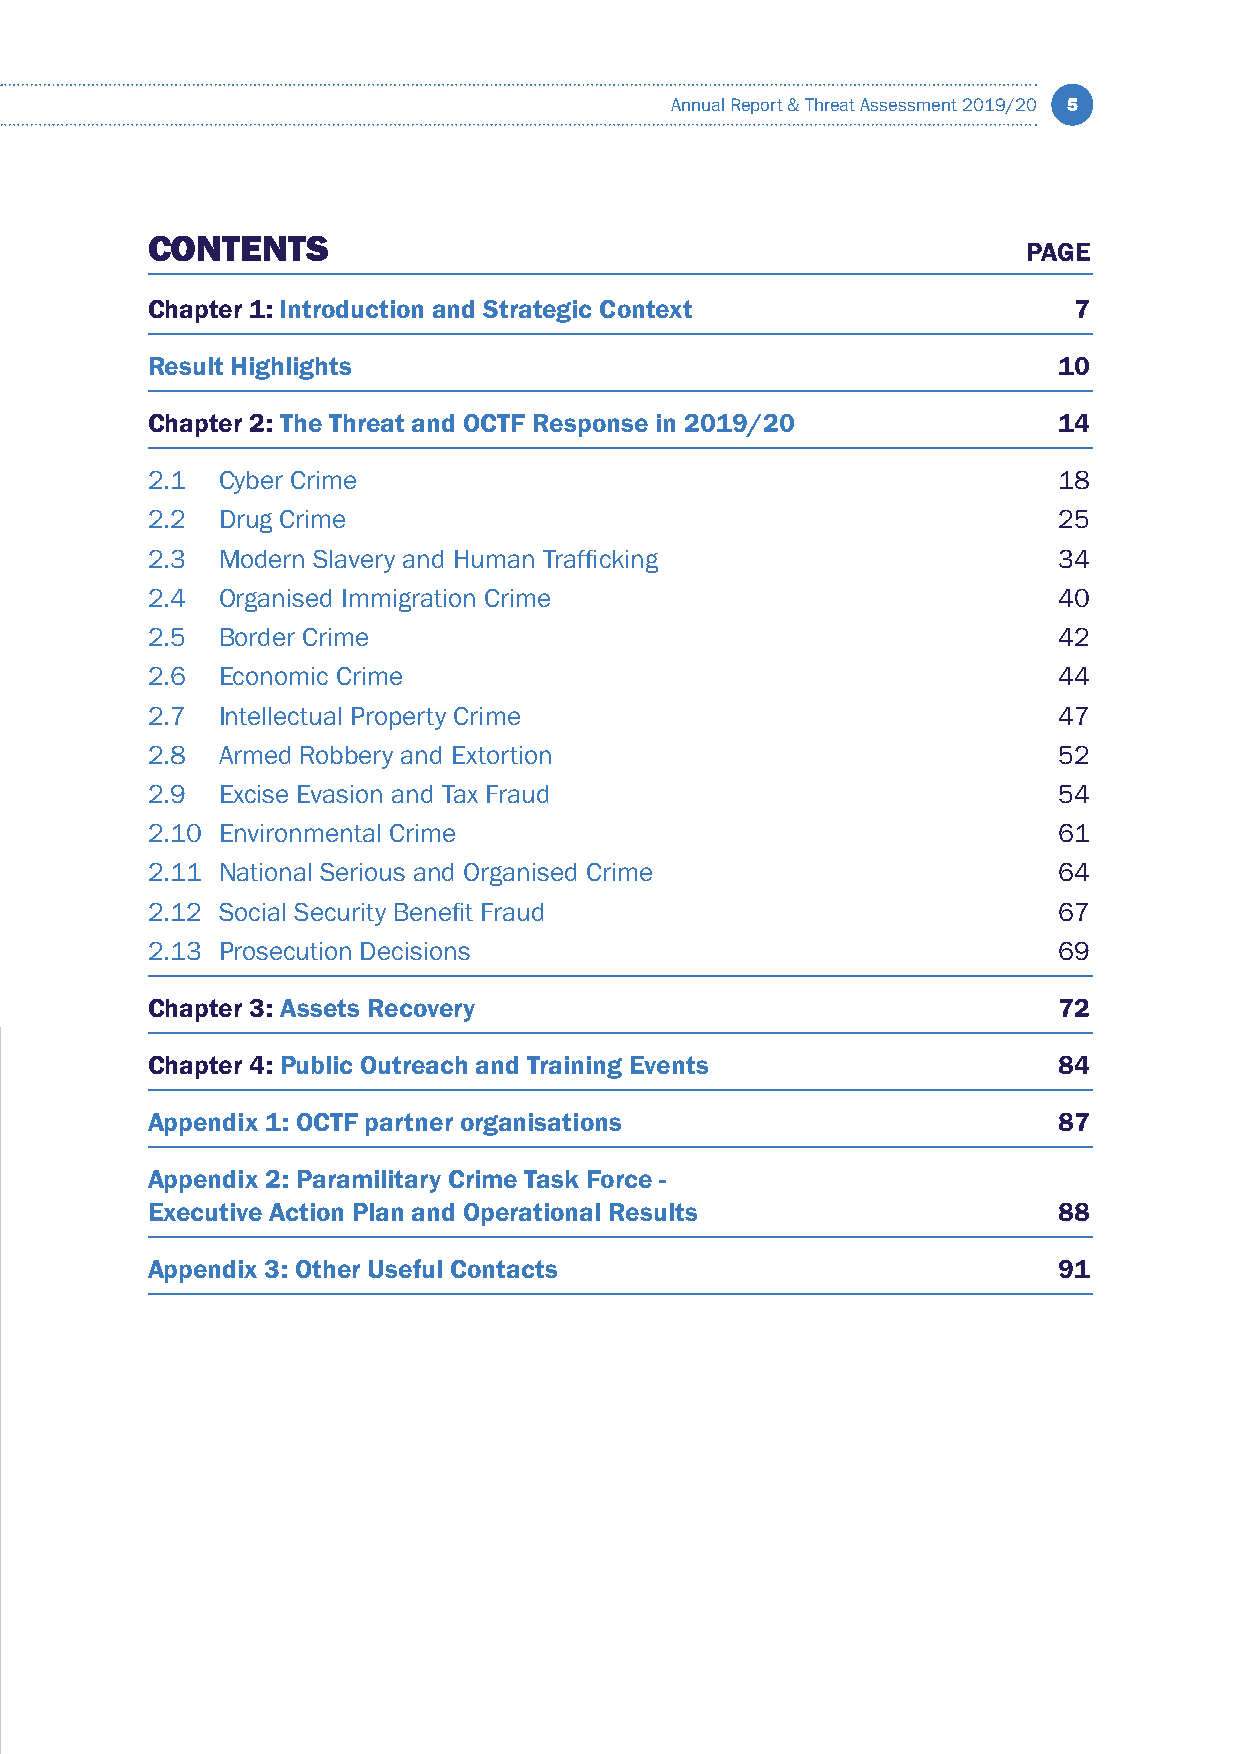
Annual Report & Threat Assessment 2019/20 5
 CONTENTS
 PAGE
 Chapter 1: Introduction and Strategic Context                7
 Result Highlights                                           10
 Chapter 2: The Threat and OCTF Response in 2019/20          14
 2.1 Cyber Crime                                             18
 2.2 Drug Crime                                              25
 2.3 Modern Slavery and Human Trafficking                    34
 2.4 Organised Immigration Crime                             40
 2.5 Border Crime                                            42
 2.6 Economic Crime                                          44
 2.7 Intellectual Property Crime                             47
 2.8 Armed Robbery and Extortion                             52
 2.9 Excise Evasion and Tax Fraud                            54
 2.10 Environmental Crime                                    61
 2.11 National Serious and Organised Crime                   64
 2.12 Social Security Benefit Fraud                          67
 2.13 Prosecution Decisions                                  69
 Chapter 3: Assets Recovery                                  72
 Chapter 4: Public Outreach and Training Events              84
 Appendix 1: OCTF partner organisations                      87
 Appendix 2: Paramilitary Crime Task Force -
 Executive Action Plan and Operational Results               88
 Appendix 3: Other Useful Contacts                           91